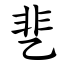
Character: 㐟